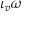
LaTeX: \iota _ { v } \omega